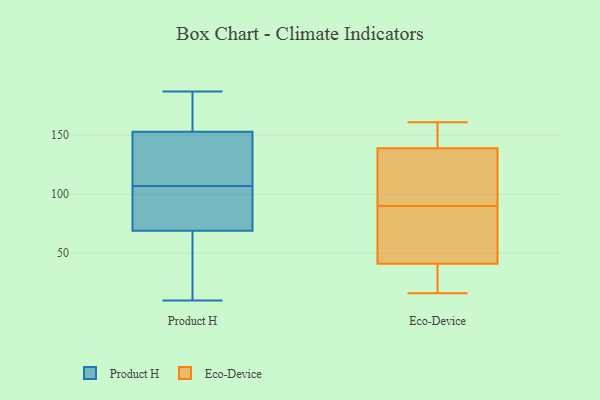
{"axis": {"x": "Satisfaction Score", "y": "Value"}, "legend": ["Eco-Device", "Product H"], "data": [{"x": "", "y": 39, "type": "Product H"}, {"x": "", "y": 89, "type": "Product H"}, {"x": "", "y": 177, "type": "Product H"}, {"x": "", "y": 132, "type": "Product H"}, {"x": "", "y": 51, "type": "Product H"}, {"x": "", "y": 118, "type": "Product H"}, {"x": "", "y": 10, "type": "Product H"}, {"x": "", "y": 187, "type": "Product H"}, {"x": "", "y": 75, "type": "Product H"}, {"x": "", "y": 145, "type": "Product H"}, {"x": "", "y": 96, "type": "Product H"}, {"x": "", "y": 178, "type": "Product H"}, {"x": "", "y": 107, "type": "Product H"}, {"x": "", "y": 41, "type": "Eco-Device"}, {"x": "", "y": 139, "type": "Eco-Device"}, {"x": "", "y": 89, "type": "Eco-Device"}, {"x": "", "y": 92, "type": "Eco-Device"}, {"x": "", "y": 16, "type": "Eco-Device"}, {"x": "", "y": 42, "type": "Eco-Device"}, {"x": "", "y": 67, "type": "Eco-Device"}, {"x": "", "y": 21, "type": "Eco-Device"}, {"x": "", "y": 91, "type": "Eco-Device"}, {"x": "", "y": 144, "type": "Eco-Device"}, {"x": "", "y": 26, "type": "Eco-Device"}, {"x": "", "y": 161, "type": "Eco-Device"}, {"x": "", "y": 138, "type": "Eco-Device"}, {"x": "", "y": 144, "type": "Eco-Device"}]}